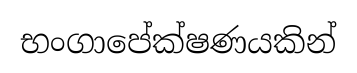
භංගාපේක්ෂණයකින්